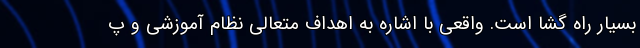
بسیار راه گشا است. واقعی با اشاره به اهداف متعالی نظام آموزشی و پ